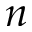
n